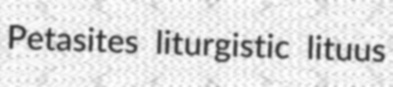
Petasites liturgistic lituus